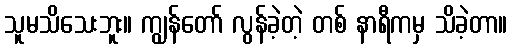
သူမသိသေးဘူး။ ကျွန်တော် လွန်ခဲ့တဲ့ တစ် နာရီကမှ သိခဲ့တာ။